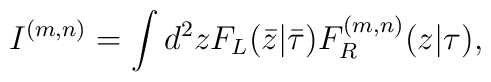
I^{(m,n)}=\int d^{2}z F_{L}(\bar{z}|\bar{\tau})F_{R}^{(m,n)}(z|\tau),